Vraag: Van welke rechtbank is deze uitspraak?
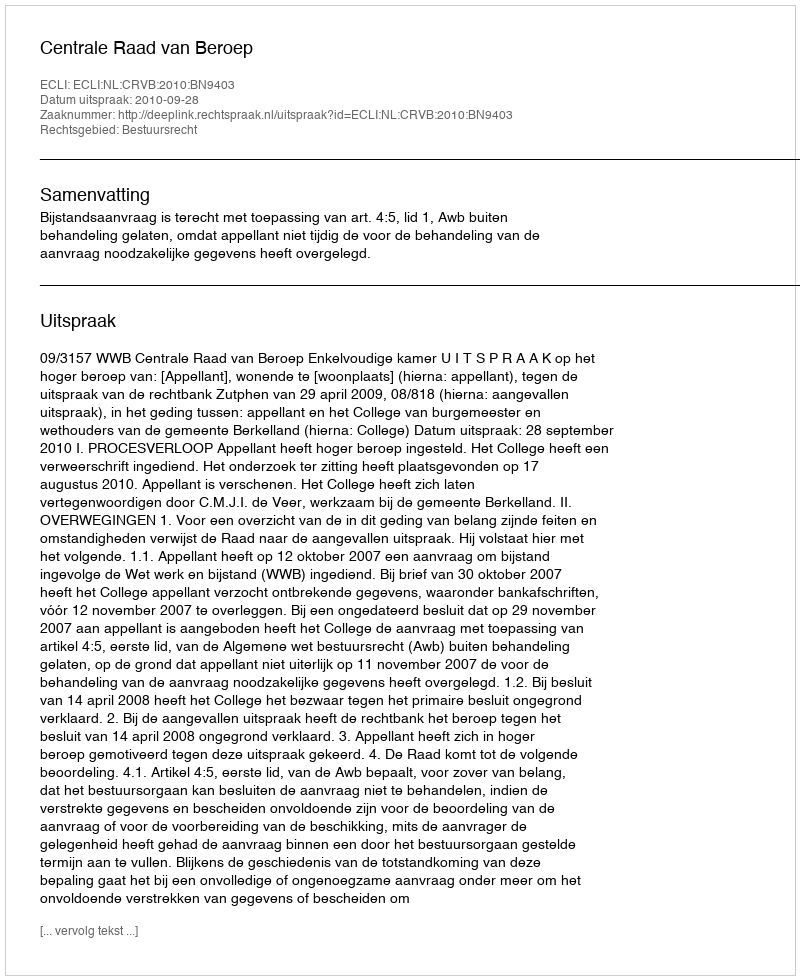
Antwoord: Centrale Raad van Beroep